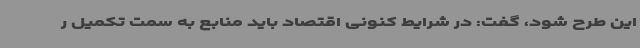
این طرح شود، گفت: در شرایط کنونی اقتصاد باید منابع به سمت تکمیل ر